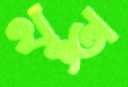
থুতু